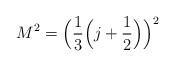
LaTeX: \begin{align*}M^2 = {\Big (}{1 \over 3} {\Big (}j + { 1 \over 2}{\Big )}{\Big )}^2\end{align*}